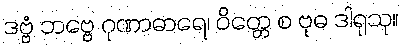
ဒဗ္ဗံ ဘဗ္ဗေ ဂုဏာဓာရေ၊ ဝိတ္တေ စ ဗုဓ ဒါရုသု။